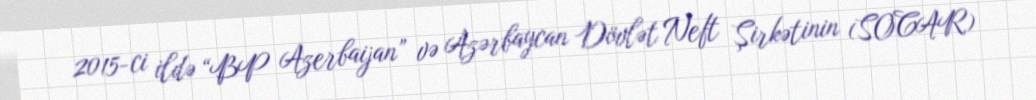
2015-ci ildə “BP Azerbaijan” və Azərbaycan Dövlət Neft Şirkətinin (SOCAR)